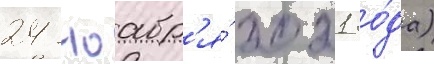
24 ноабр'я́ 2021 го́да)